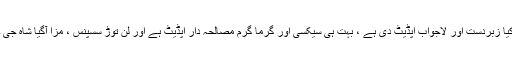
کیا زبردست اور لاجواب اپڈیٹ دی ہے ، بہت ہی سیکسی اور گرما گرم مصالحہ دار اپڈیٹ ہے اور لن توڑ سسپنس ، مزا آگیا شاہ جی ۔